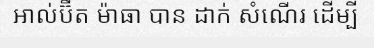
អាល់ប៊ឺត ម៉ាធា បាន ដាក់ សំណើរ ដើម្បី